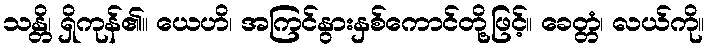
သန္တိ၊ ရှိကုန်၏။ ယေဟိ၊ အကြင်နွားနှစ်ကောင်တို့ဖြင့်။ ခေတ္တံ၊ လယ်ကို။